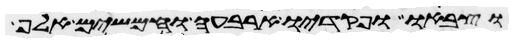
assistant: וצבאו ופקדיו ארבעה וחמשים אלף